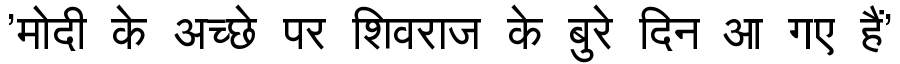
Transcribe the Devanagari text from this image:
'मोदी के अच्छे पर शिवराज के बुरे दिन आ गए हैं'